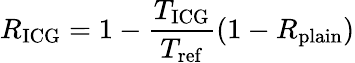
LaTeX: R_{\mathrm{ICG}}=1-\frac{T_{\mathrm{ICG}}}{T_{\mathrm{ref}}}\left(1-R_{\mathrm{plain}}\right)